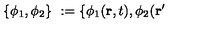
\{ \phi _ { 1 } , \phi _ { 2 } \} \ : = \{ \phi _ { 1 } ( { \bf r } , t ) , \phi _ { 2 } ( { \bf r ^ { \prime } }